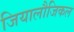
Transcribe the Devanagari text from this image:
जियालौजिकल